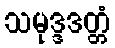
သမုဒ္ဒဒတ္တံ